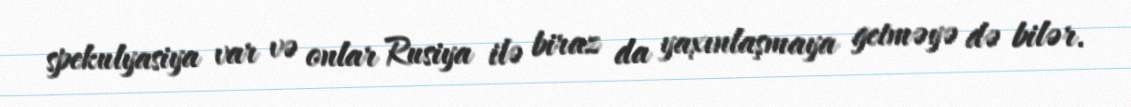
spekulyasiya var və onlar Rusiya ilə biraz da yaxınlaşmaya getməyə də bilər.